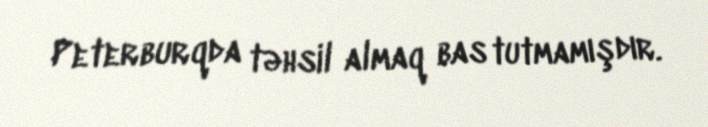
Peterburqda təhsil almaq bas tutmamışdır.